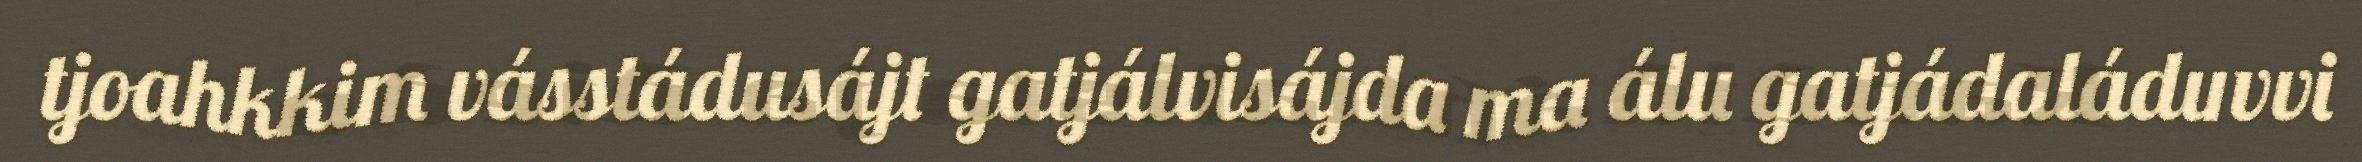
tjoahkkim vásstádusájt gatjálvisájda ma álu gatjádaláduvvi